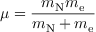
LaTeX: \mu = { \frac { m _ { \mathrm { N } } m _ { \mathrm { e } } } { m _ { \mathrm { N } } + m _ { \mathrm { e } } } }